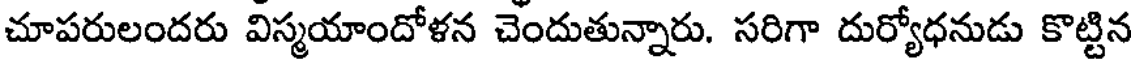
చూపరులందరు విస్మయాందోళన చెందుతున్నారు. సరిగా దుర్యోధనుడు కొట్టిన